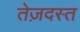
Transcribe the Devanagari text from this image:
तेज़दस्त